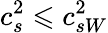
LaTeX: c_{s}^{2}\leqslant c_{sW}^{2}